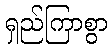
ရှည်ကြာစွာ